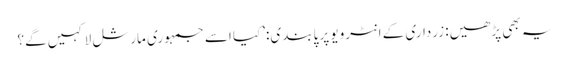
یہ بھی پڑھیں: زرداری کے انٹرویو پر پابندی:’کیا اسے جمہوری مارشل لا کہیں گے؟